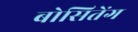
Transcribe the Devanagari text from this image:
बोसितेंग